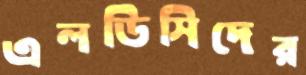
এলডিসিদের